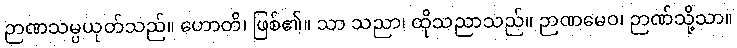
ဉာဏသမ္ပယုတ်သည်။ ဟောတိ၊ ဖြစ်၏။ သာ သညာ၊ ထိုသညာသည်။ ဉာဏမေဝ၊ ဉာဏ်သို့သာ။